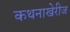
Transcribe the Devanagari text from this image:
कथनाखेरीज